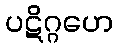
ပဋိဂ္ဂဟေ